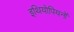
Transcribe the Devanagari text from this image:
इथियोपियनों